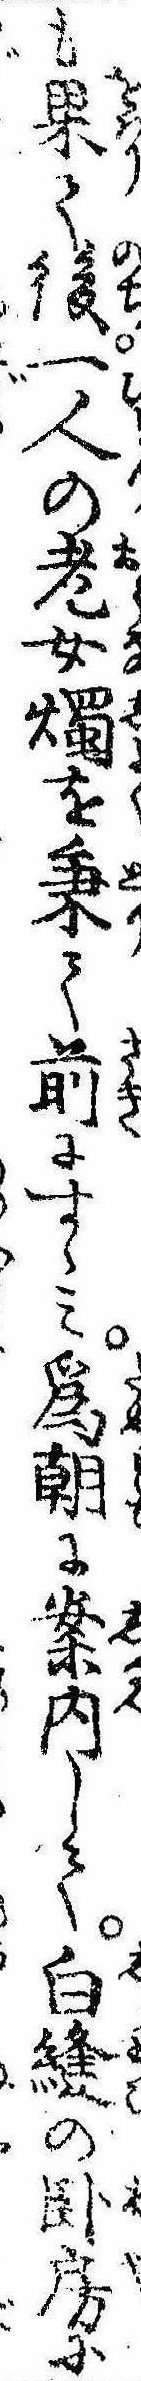
も果て後一人の老女燭を秉て前にすゝみ為朝に案内して白縫の臥房に